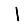
Digit: 1